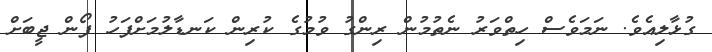
ގުޅާލިއެވެ. ނަމަވެސް ހިތްވަރު ނެތުމުން ރިންގު ވުމުގެ ކުރިން ކަނޑާލުމަށްފަހު ފޯން ޖީބަށް